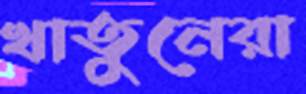
খাতুনেরা